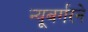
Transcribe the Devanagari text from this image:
न्यूबर्गरने